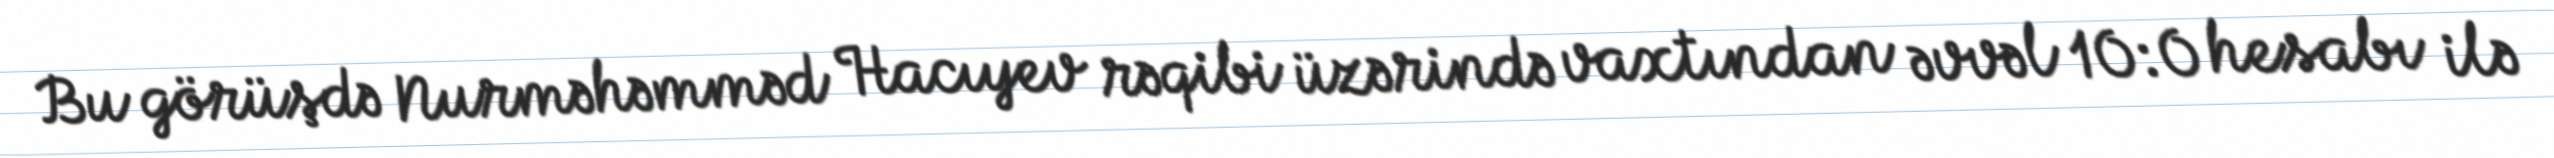
Bu görüşdə Nurməhəmməd Hacıyev rəqibi üzərində vaxtından əvvəl 10:0 hesabı ilə